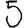
Digit: 5